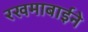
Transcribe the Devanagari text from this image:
रखमाबाईने